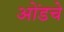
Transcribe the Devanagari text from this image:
ओंडचे